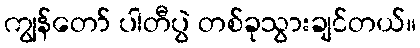
ကျွန်တော် ပါတီပွဲ တစ်ခုသွားချင်တယ်။